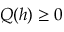
Q ( h ) \ge 0